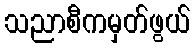
သညာစီကမှတ်ဖွယ်